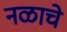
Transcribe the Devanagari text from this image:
नळाचे